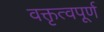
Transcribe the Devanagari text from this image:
वक्तृत्वपूर्ण